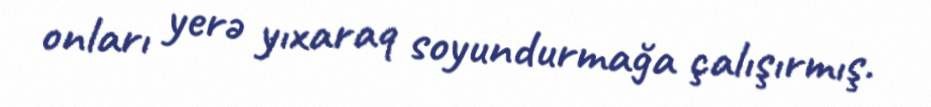
onları yerə yıxaraq soyundurmağa çalışırmış.